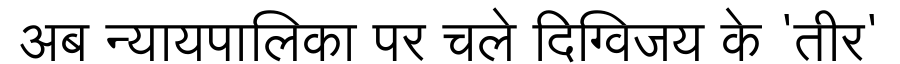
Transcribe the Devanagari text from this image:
अब न्यायपालिका पर चले दिग्विजय के 'तीर'